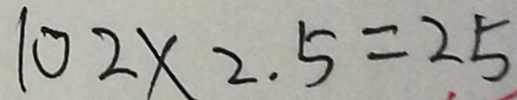
1 0 2 \times 2 . 5 = 2 5